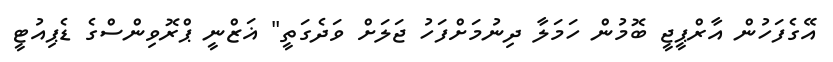
އޭގެފަހުން އާރްޕީޖީ ބޮމުން ހަމަލާ ދިނުމަށްފަހު ޖަލަށް ވަދެގަތީ" ޣަޒްނީ ޕްރޮވިންސްގެ ޑެޕިއުޓީ